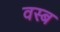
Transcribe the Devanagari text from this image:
वस्ब